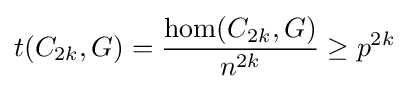
t(C_{2k},G)={\frac {\operatorname {hom} (C_{2k},G)}{n^{2k}}}\geq p^{2k}